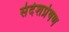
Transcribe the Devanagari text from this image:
संदेशप्रेषण